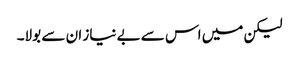
لیکن میں اس سے بے نیاز ان سے بولا۔